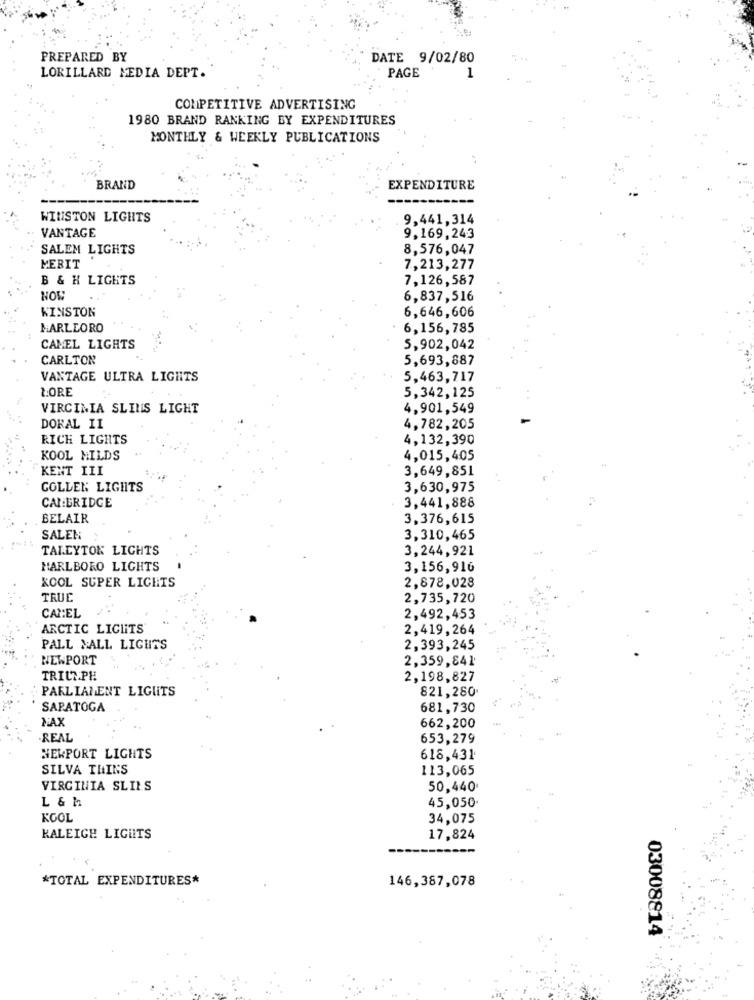
PREPARED BY
DATE 9/02/80
PAGE
1
LORILLARD MEDIA DEPT.
COMPETITIVE ADVERTISING
1980 BRAND RANKING BY EXPENDITURES
MONTHLY & WEEKLY PUBLICATIONS
BRAND
EXPENDITURE
WINSTON LIGHTS
9,441,314
VANTAGE
9,169,243
SALEM LIGHTS
8,576,047
MERIT
7,213,277
B & H LIGHTS
7,126,587
NOW
6,837,516
WINSTON
6,646,606
HARLEORO
6,156, 785
CAMEL LIGHTS
5,902,042
CARLTON
5,693,887
VANTAGE ULTRA LIGHTS
5,463,717
LORE
5,342,125
VIRGINIA SLINS LIGHT
4,901,549
DORAL II
4,782,205
RICH LIGHTS
4,132,390
KOOL MILDS
4,015,405
KENT III
3,649,851
GOLLEN LIGHTS
3,630,975
CALBRIDGE
3,441,888
BELAIR
3.376,615
SALEN
3,310,465
TALLYTON LICHTS
3,244,921
MARLBORO LIGHTS
3,156,916
2,878,028
KOOL SUPER LICHTS
TRUE
2,735,720
CAN:EL
2,492,453
ARCTIC LICHTS
2,419,264
PALL MALL LIGHTS
2,393,245
NEWPORT
2,359,841
TRICIPH
2,198,827
PARLIAMENT LIGUITS
821,280
SARATOGA
681,730
MAX
662,200
REAL
653,279
NEWPORT LIGHTS
618,431
SILVA THINS
113,065
VIRGINIA SLILS
50,440
L & M
45,050
KOOL
34,075
KALEIGH LIGHTS
17,824
*TOTAL EXPENDITURES*
146,387,078
03008814